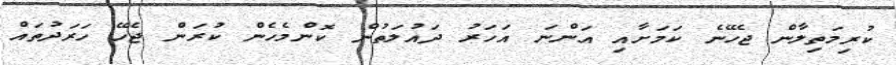
ކުރިމަތިލާން ޖެހޭނެ ކަމަށާއި އަންނަ އަހަރު ދައުލަތުން ކޮންމެހެން ކުރަން ޖެހޭ ހަރަދުތައް